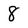
Character: 8